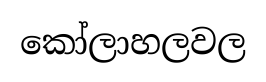
කෝලාහලවල